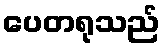
ပေတရုသည်